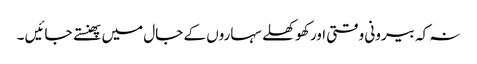
نہ کہ بیرونی وقتی اور کھوکھلے سہاروں کے جال میں پھنستے جائیں ۔